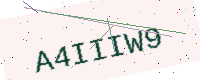
Text: A4IIIW9